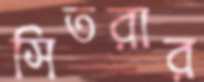
সিতরার